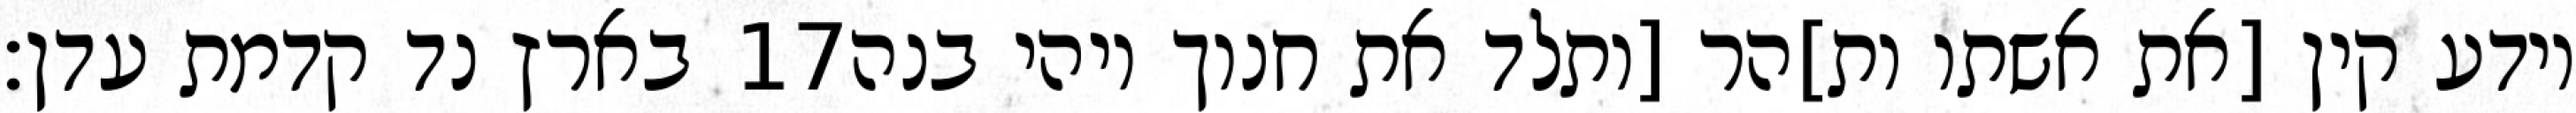
בארץ נד קדמת עדן׃ ‎17‏ וידע קין [את אשתו ות]הר [ותלד את חנוך ויהי בנה